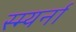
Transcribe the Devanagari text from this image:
स्म्यर्ना